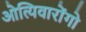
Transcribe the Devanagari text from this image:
ओत्यिवारोंगो